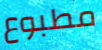
مطبوع